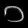
Digit: ၁